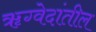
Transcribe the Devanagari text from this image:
ॠग्वेदांतील